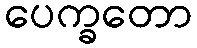
ပေက္ခတော